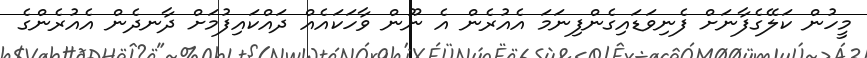
މީހުން ކަލޭގެފާނަށް ފެނިވަޑައިގެންފިނަމަ އެއުރެން އެ ނޫން ވާހަކައެއް ދައްކައިފުމަށް ދާނދެން އެއުރެންގެ